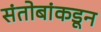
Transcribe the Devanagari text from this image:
संतोबांकडून